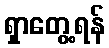
ရှာတွေ့ရန်